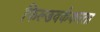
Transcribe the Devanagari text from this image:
फिल्डवर्ककरता